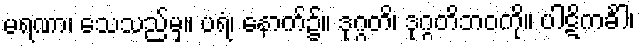
မရဏာ၊ သေသည်မှ။ ပရံ၊ နောက်၌။ ဒုဂ္ဂတိ၊ ဒုဂ္ဂတိဘဝကို။ ပါဋိကင်္ခါ၊